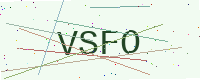
Text: VSFO